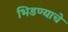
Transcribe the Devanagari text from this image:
भिडण्याचे